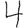
Digit: 4